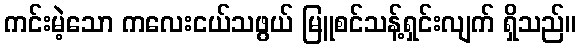
ကင်းမဲ့သော ကလေးငယ်သဖွယ် မြူစင်သန့်ရှင်းလျက် ရှိသည်။